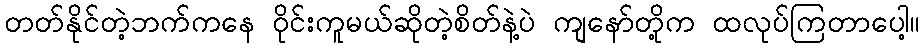
တတ်နိုင်တဲ့ဘက်ကနေ ဝိုင်းကူမယ်ဆိုတဲ့စိတ်နဲ့ပဲ ကျနော်တို့က ထလုပ်ကြတာပေါ့။